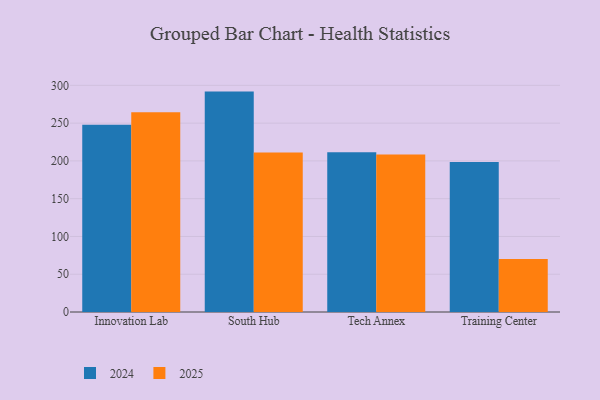
{"axis": {"x": "Campus", "y": "Headcount"}, "legend": ["2024", "2025"], "data": [{"x": "Innovation Lab", "y": 247.7, "type": "2024"}, {"x": "Innovation Lab", "y": 264.5, "type": "2025"}, {"x": "South Hub", "y": 291.7, "type": "2024"}, {"x": "South Hub", "y": 211.2, "type": "2025"}, {"x": "Tech Annex", "y": 211.5, "type": "2024"}, {"x": "Tech Annex", "y": 208.4, "type": "2025"}, {"x": "Training Center", "y": 198.6, "type": "2024"}, {"x": "Training Center", "y": 70.0, "type": "2025"}]}